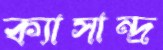
ক্যাসান্দ্র